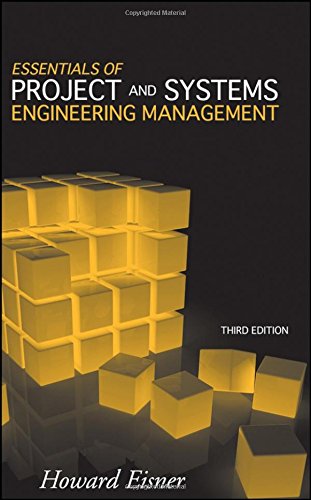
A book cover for Essentials of Project and Systems Engineering Management; Howard Eisner; Business & Money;